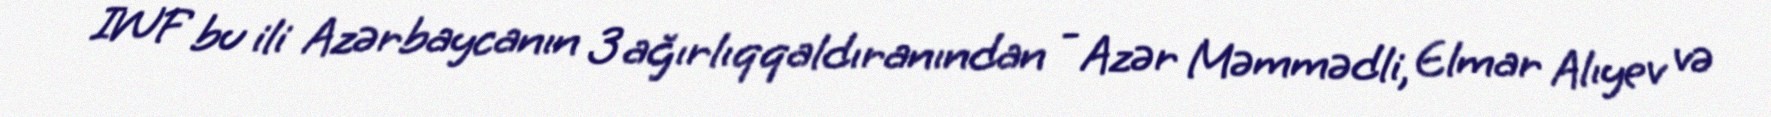
IWF bu ili Azərbaycanın 3 ağırlıqqaldıranından - Azər Məmmədli, Elmar Alıyev və